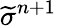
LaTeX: \widetilde{\sigma}^{n+1}